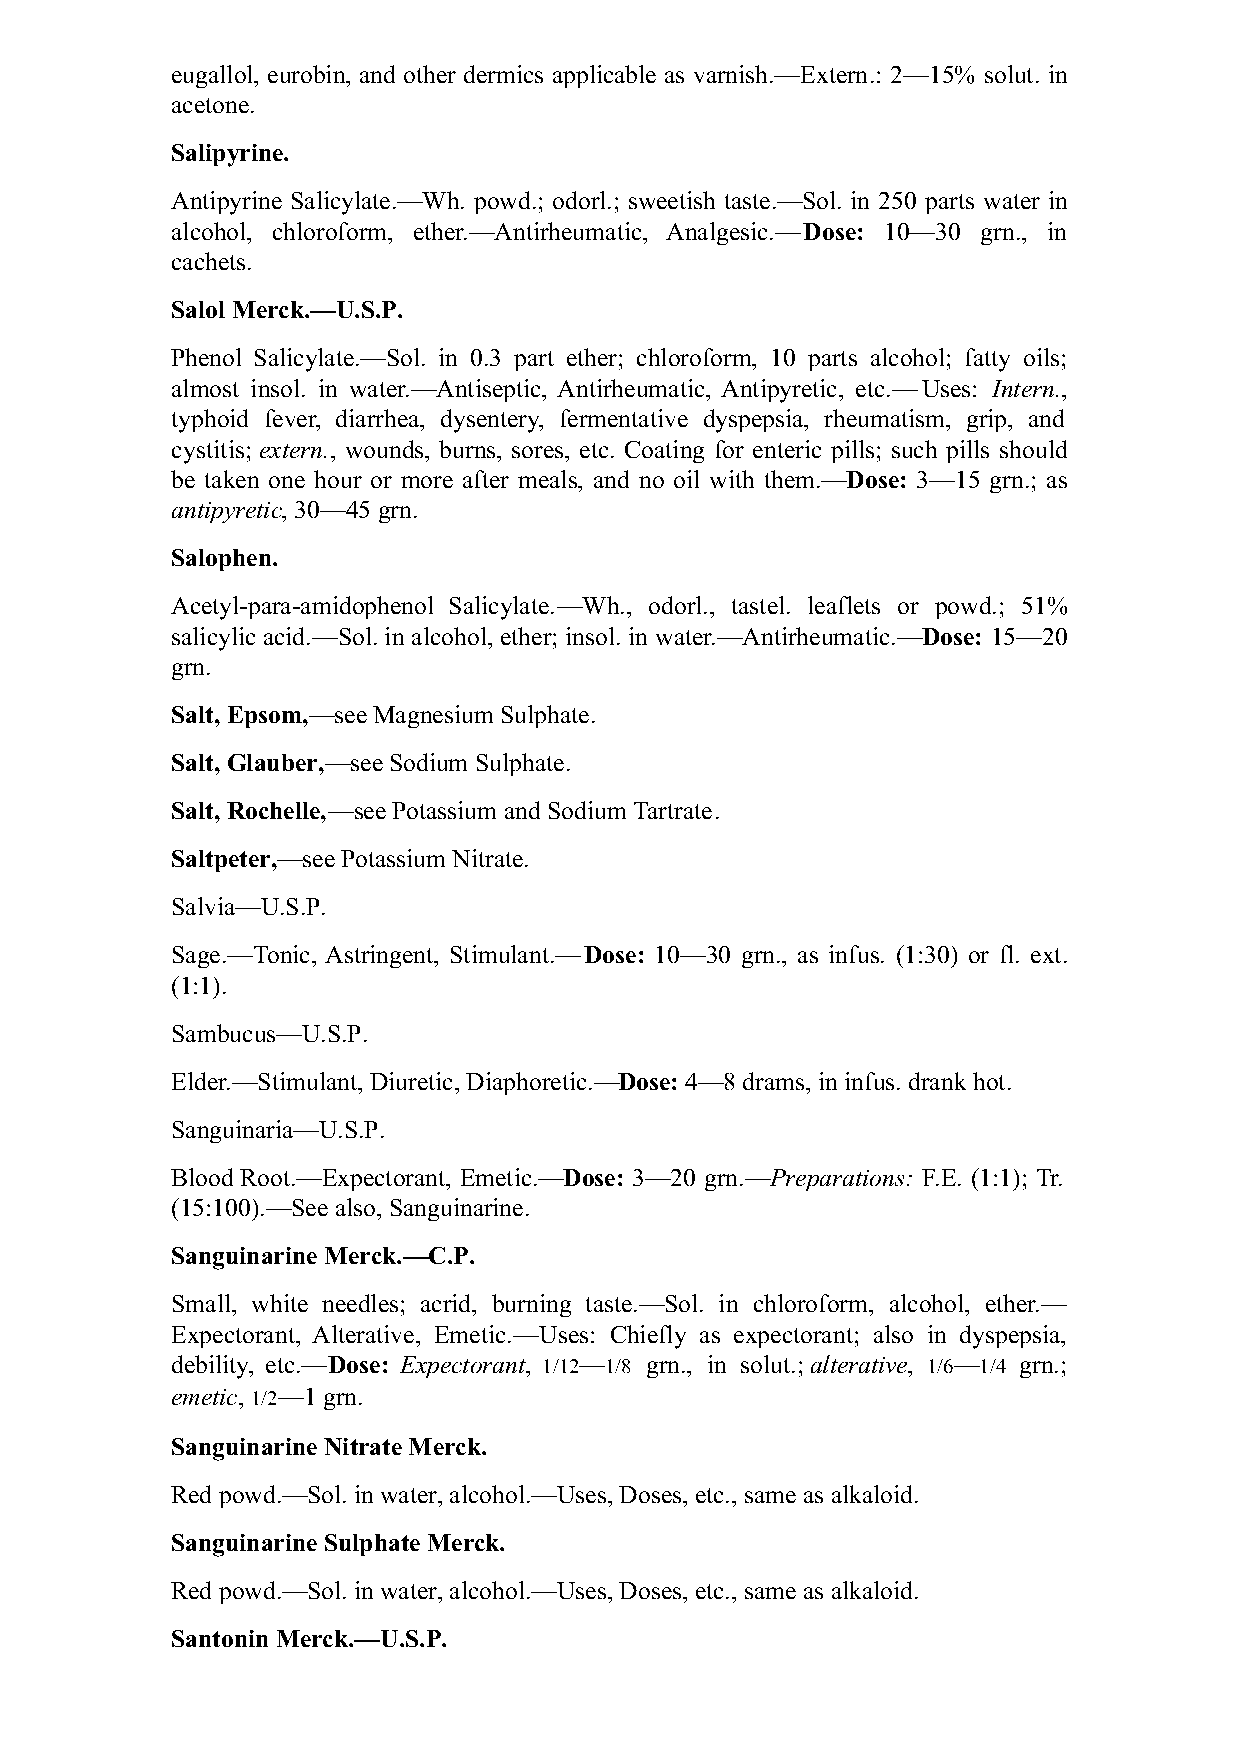
eugallol, eurobin, and other dermics applicable as varnish.—Extern.: 2—15% solut. in
 acetone.
 Salipyrine.
 Antipyrine Salicylate.—Wh. powd.; odorl.; sweetish taste.—Sol. in 250 parts water in
 alcohol, chloroform, ether.—Antirheumatic, Analgesic.—Dose: 10—30 grn., in
 cachets.
 Salol Merck.—U.S.P.
 Phenol Salicylate.—Sol. in 0.3 part ether; chloroform, 10 parts alcohol; fatty oils;
 almost insol. in water.—Antiseptic, Antirheumatic, Antipyretic, etc.—Uses: Intern.,
 typhoid fever, diarrhea, dysentery, fermentative dyspepsia, rheumatism, grip, and
 cystitis; extern., wounds, burns, sores, etc. Coating for enteric pills; such pills should
 be taken one hour or more after meals, and no oil with them.—Dose: 3—15 grn.; as
 antipyretic, 30—45 grn.
 Salophen.
 Acetyl-para-amidophenol Salicylate.—Wh., odorl., tastel. leaflets or powd.; 51%
 salicylic acid.—Sol. in alcohol, ether; insol. in water.—Antirheumatic.—Dose: 15—20
 grn.
 Salt, Epsom,—see Magnesium Sulphate.
 Salt, Glauber,—see Sodium Sulphate.
 Salt, Rochelle,—see Potassium and Sodium Tartrate.
 Saltpeter,—see Potassium Nitrate.
 Salvia—U.S.P.
 Sage.—Tonic, Astringent, Stimulant.—Dose: 10—30 grn., as infus. (1:30) or fl. ext.
 (1:1).
 Sambucus—U.S.P.
 Elder.—Stimulant, Diuretic, Diaphoretic.—Dose: 4—8 drams, in infus. drank hot.
 Sanguinaria—U.S.P.
 Blood Root.—Expectorant, Emetic.—Dose: 3—20 grn.—Preparations: F.E. (1:1); Tr.
 (15:100).—See also, Sanguinarine.
 Sanguinarine Merck.—C.P.
 Small, white needles; acrid, burning taste.—Sol. in chloroform, alcohol, ether.—
 Expectorant, Alterative, Emetic.—Uses: Chiefly as expectorant; also in dyspepsia,
 debility, etc.—Dose: Expectorant, 1/12—1/8 grn., in solut.; alterative, 1/6—1/4 grn.;
 emetic, 1/2—1 grn.
 Sanguinarine Nitrate Merck.
 Red powd.—Sol. in water, alcohol.—Uses, Doses, etc., same as alkaloid.
 Sanguinarine Sulphate Merck.
 Red powd.—Sol. in water, alcohol.—Uses, Doses, etc., same as alkaloid.
 Santonin Merck.—U.S.P.